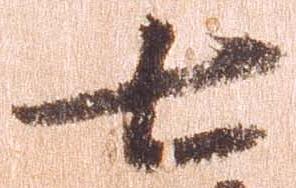
七